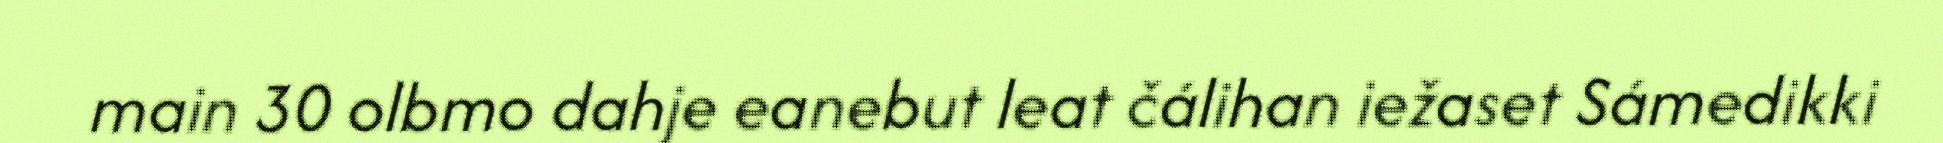
main 30 olbmo dahje eanebut leat čálihan iežaset Sámedikki